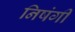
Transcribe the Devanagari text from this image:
निषंगी